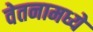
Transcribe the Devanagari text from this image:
वेतनामध्ये